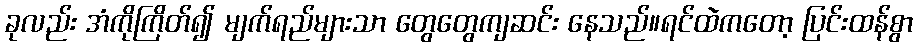
ခုလည်း အံကိုကြိတ်၍ မျက်ရည်များသာ တွေတွေကျဆင်း နေသည်။ရင်ထဲကတော့ ပြင်းထန်စွာ